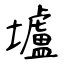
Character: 壚